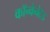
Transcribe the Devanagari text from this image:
कॉन्वेनेटेड